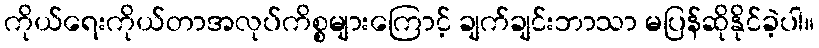
ကိုယ်ရေးကိုယ်တာအလုပ်ကိစ္စများကြောင့် ချက်ချင်းဘာသာ မပြန်ဆိုနိုင်ခဲ့ပါ။